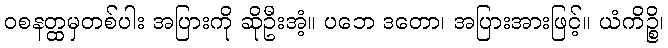
ဝစနတ္ထမှတစ်ပါး အပြားကို ဆိုဦးအံ့။ ပဘေ ဒတော၊ အပြားအားဖြင့်။ ယံကိဉ္စိ၊